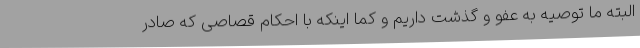
البته ما توصیه به عفو و گذشت داریم و کما اینکه با احکام قصاصی که صادر